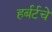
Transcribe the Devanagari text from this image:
हर्बर्टचे